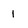
Character: 1